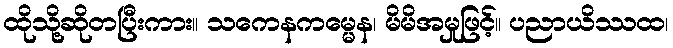
ထိုသို့ဆိုတပြီးကား။ သကေနကမ္မေန၊ မိမိအမှုဖြင့်။ ပညာယိဿထ၊